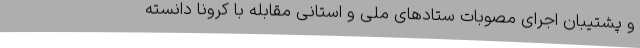
و پشتیبان اجرای مصوبات ستادهای ملی و استانی مقابله با کرونا دانسته